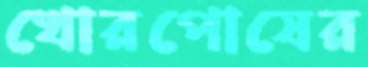
খোরপোষের